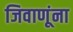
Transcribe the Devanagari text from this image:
जिवाणूंना